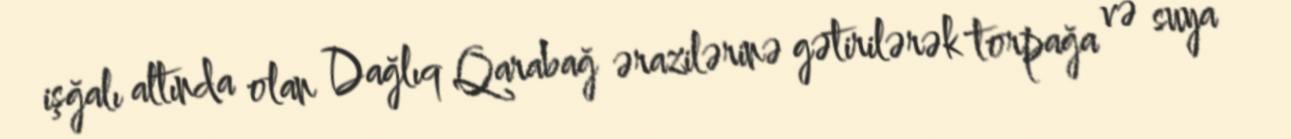
işğalı altında olan Dağlıq Qarabağ ərazilərinə gətirilərək torpağa və suya